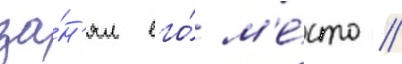
за́н'ял его́ м'е́сто //